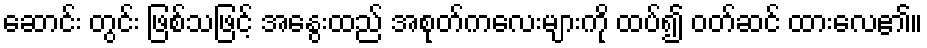
ဆောင်း တွင်း ဖြစ်သဖြင့် အနွေးထည် အစုတ်ကလေးများကို ထပ်၍ ဝတ်ဆင် ထားလေ၏။